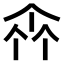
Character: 𠁭